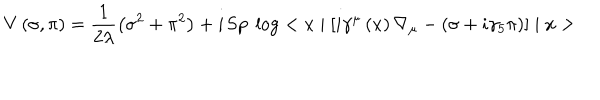
V \left( \sigma , \pi \right) = \frac { 1 } { 2 \lambda } \left( \sigma ^ { 2 } + \pi ^ { 2 } \right) + i \, \mathrm { S p } \ \log < x \mid \left[ i \gamma ^ { \mu } \left( x \right) \nabla _ { \mu } - \left( \sigma + i \gamma _ { 5 } \pi \right) \right] \mid x >